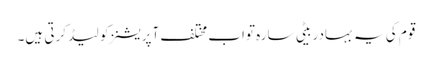
قوم کی یہ بہادر بیٹی سارہ تواب مختلف آپریشنز کو لیڈ کرتی ہیں۔